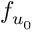
f _ { u _ { 0 } }